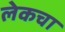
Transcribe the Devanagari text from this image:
लेकचा